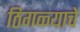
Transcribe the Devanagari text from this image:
ठिगळ्याचे